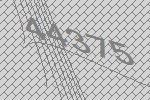
44375